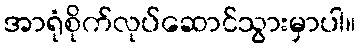
အာရုံစိုက်လုပ်ဆောင်သွားမှာပါ။